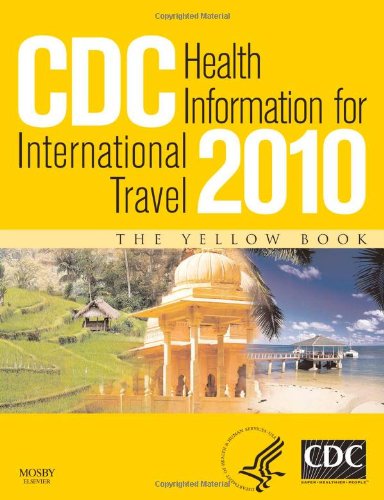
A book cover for CDC Health Information for International Travel 2010, 1e (CDC Health Information for International Travel: The Yellow Book); Gary W. Brunette MD  MS; Travel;